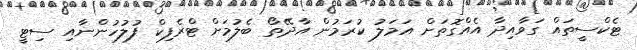
ޓެކްސީތައް ގަވާއިދާ އެއްގޮތަށް އަމަލު ކުރަމުން އާދޭތޯ ބެލުމަށް ޓްރެފިކް ފުލުހުންނާއި ސިޓީ